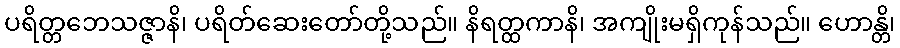
ပရိတ္တဘေသဇ္ဇာနိ၊ ပရိတ်ဆေးတော်တို့သည်။ နိရတ္ထကာနိ၊ အကျိုးမရှိကုန်သည်။ ဟောန္တိ၊